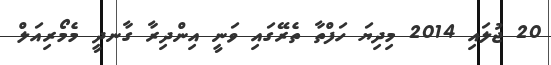
20 ޖުލައި 2014 މިދިޔަ ހަފްތާ ތެރޭގައި ވަނީ އިންދިރާ ގާނދީ މެމޯރިއަލް